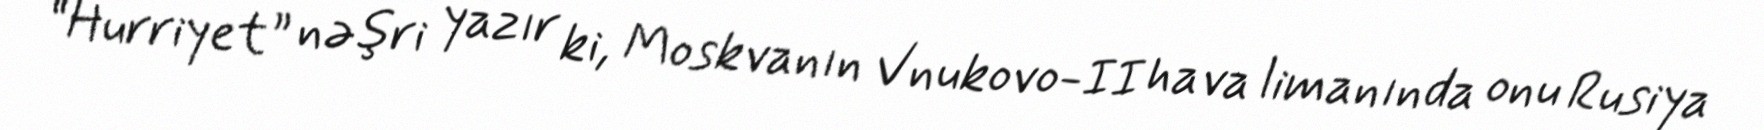
“Hurriyet” nəşri yazır ki, Moskvanın Vnukovo-II hava limanında onu Rusiya